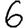
Digit: 6